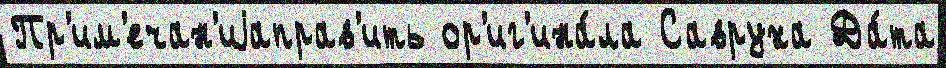
Пр'им'ечан'иjаправ'ить ор'иг'ина́ла Савруха Да́та